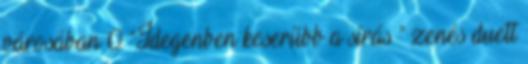
városában 0 “Idegenben keserűbb a sírás ” zenés duett